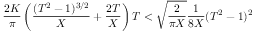
\frac { 2 K } { \pi } \left( \frac { ( T ^ { 2 } - 1 ) ^ { 3 / 2 } } { X } + \frac { 2 T } { X } \right) T < \sqrt { \frac { 2 } { \pi X } } \frac { 1 } { 8 X } ( T ^ { 2 } - 1 ) ^ { 2 }